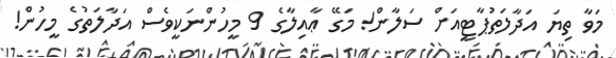
މަވާ ތިޔަ އަދާލަތުޕާޓީއަށް ސަލާން! މަގޭ ޢާއިލާގެ 9 މީހުންނަކީވެސް އަދާލަތުގެ މީހުން!